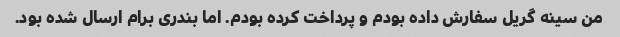
من سینه گریل سفارش داده بودم و پرداخت کرده بودم. اما بندری برام ارسال شده بود.